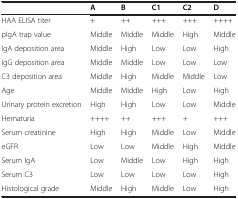
|  | A | B | C1 | C2 | D |
 | --- | --- | --- | --- | --- | --- |
 | HAA ELISA titer | + | ++ | +++ | +++ | ++++ |
 | pIgA trap value | Middle | Middle | Middle | High | Middle |
 | IgA deposition area | Middle | High | Low | Low | High |
 | IgG deposition area | Middle | Middle | Low | Low | Low |
 | C3 deposition area | Middle | High | Middle | Middle | Low |
 | Age | Middle | Middle | High | Low | High |
 | Urinary protein excretion | High | High | Low | Low | Middle |
 | Hematuria | ++++ | ++ | +++ | + | +++ |
 | Serum creatinine | High | High | Middle | Low | Middle |
 | eGFR | Low | Low | Middle | High | Middle |
 | Serum IgA | Low | Middle | Low | High | High |
 | Serum C3 | Low | Low | Low | Low | High |
 | Histological grade | Middle | High | Middle | Low | High |